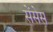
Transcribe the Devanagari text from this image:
सेंसेस